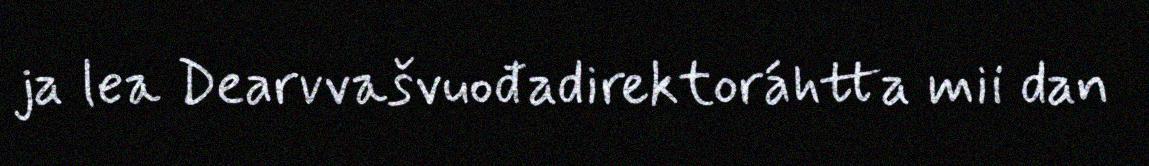
ja lea Dearvvašvuođadirektoráhtta mii dan